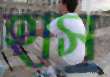
হাস